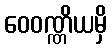
ဝေဝဏ္ဏိယမှိ